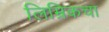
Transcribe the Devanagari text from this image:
लिम्रिकचा